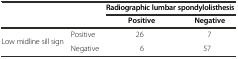
<table><thead><tr><td></td><td></td><td colspan="2"><b>Radiographic lumbar spondylolisthesis</b></td></tr><tr><td></td><td></td><td><b>Positive</b></td><td><b>Negative</b></td></tr></thead><tbody><tr><td rowspan="2">Low midline sill sign</td><td>Positive</td><td>26</td><td>7</td></tr><tr><td>Negative</td><td>6</td><td>57</td></tr></tbody></table>